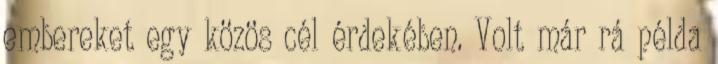
embereket egy közös cél érdekében. Volt már rá példa